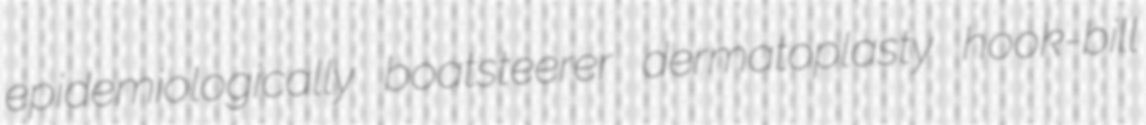
epidemiologically boatsteerer dermatoplasty hook-bill